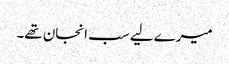
میرے لیے سب انجان تھے۔